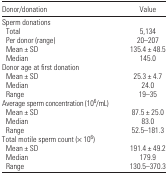
| Donor/donation | Value |
 | --- | --- |
 | <COLSPAN=2> Sperm donations |
 | Total | 5,134 |
 | Per donor (range) | 20–207 |
 | Mean ± SD | 135.4 ± 48.5 |
 | Median | 145.0 |
 | <COLSPAN=2> Donor age at first donation |
 | Mean ± SD | 25.3 ± 4.7 |
 | Median | 24.0 |
 | Range | 19–35 |
 | <COLSPAN=2> Average sperm concentration (106/mL) |
 | Mean ± SD | 87.5 ± 25.0 |
 | Median | 83.0 |
 | Range | 52.5–181.3 |
 | <COLSPAN=2> Total motile sperm count (× 106) |
 | Mean ± SD | 191.4 ± 49.2 |
 | Median | 179.9 |
 | Range | 130.5–370.3 |